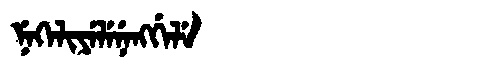
Manchu: ᠨᡝᡴᡝᠯᡳᠶᡝᠯᡝᠨᡝᠩᡤᡝᠯᡝ
Romanization: NEKELIYELENENGGELE